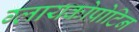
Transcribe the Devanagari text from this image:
ग्लायकोप्रोटिन